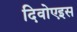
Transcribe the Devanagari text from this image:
दिवोएइस